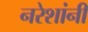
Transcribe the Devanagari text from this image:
नरेशांनी